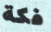
فكة